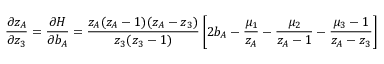
\frac { \partial z _ { A } } { \partial z _ { 3 } } = \frac { \partial H } { \partial b _ { A } } = \frac { z _ { A } ( z _ { A } - 1 ) ( z _ { A } - z _ { 3 } ) } { z _ { 3 } ( z _ { 3 } - 1 ) } \left[ 2 b _ { A } - \frac { \mu _ { 1 } } { z _ { A } } - \frac { \mu _ { 2 } } { z _ { A } - 1 } - \frac { \mu _ { 3 } - 1 } { z _ { A } - z _ { 3 } } \right]